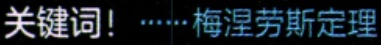
关键词！......梅涅劳斯定理